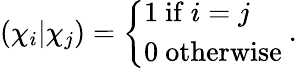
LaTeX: (\chi_{i}|\chi_{j})={\left\{ \begin{array}{ll}{1{\mathrm{~if~}}i=j}\\ {0{\mathrm{~otherwise~}}}\end{array}\right.}.